Lunatic asylums Madras 1892-1911 - 1892-1911
Year: 1892
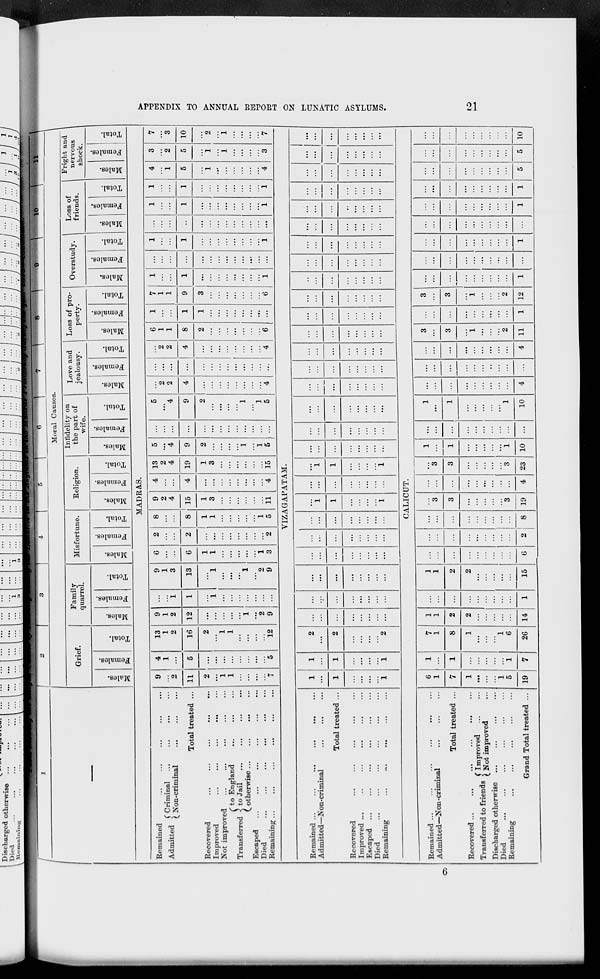
21
APPENDIX TO ANNUAL REPORT ON LUNATIC ASYLUMS.
1
—
2
3
4
5
6
7
8
9
10
11
Moral Causes.
Grief.
Males.
Females.
Total.
Family
quarrel.
Males.
Females.
Total.
Misfortune.
Males.
Females.
Total.
Religion.
Males.
Females.
Total.
Infidelity on
the part of
wife.
Males.
Females.
Total.
Love and
jealousy.
Males.
Females.
Total.
Loss of pro-
perty.
Males.
Females.
Total.
Overstudy.
Males.
Females.
Total.
Loss of
friends.
Males.
Females.
Total.
Fright and
nervous
shock.
Males.
Females.
Total.
MADRAS.
Remained ... ... ... ... ...
Admitted
Criminal ... ... ... ...
Non-criminal ... ... ...
Total treated ...
Recovered ... ... ... ... ...
Improved
...
...
...
...
...
Not improved ... ... ... ... ...
Transferred
to England ... ... ...
to jail ... ... ... ...
otherwise ... ... ... ...
Escaped ... ... ... ... ... ...
Died ... ... ... ... ... ...
Remaining ... ... ... ... ... ...
9
...
2
11
2
...
1
1
...
...
...
...
7
4
1
...
5
...
...
...
...
...
...
...
...
5
13
1
2
16
2
...
1
1
...
...
...
...
12
9
1
2
12
...
...
...
...
...
1
...
2
9
...
...
1
1
...
1
...
...
...
...
...
...
...
9
1
3
13
...
1
...
...
...
1
...
2
9
6
...
...
6
1
1
...
...
...
...
...
1
3
2
...
...
2
...
...
...
...
...
...
...
...
2
8
...
...
8
1
1
...
...
...
...
...
1
5
9
2
4
15
1
3
...
...
...
...
...
...
11
4
...
...
4
...
...
...
...
...
...
...
...
4
13
2
4
19
1
3
...
...
...
...
...
...
15
5
...
4
9
2
...
...
...
...
1
...
1
5
...
...
...
...
...
...
...
...
...
...
...
...
...
5
...
4
9
2
...
...
...
...
1
...
1
5
...
2
2
4
...
...
...
...
...
...
...
...
4
...
...
...
...
...
...
...
...
...
...
...
...
...
...
2
2
4
...
...
...
...
...
...
...
...
4
6
1
1
8
2
...
...
...
...
...
...
...
6
1
...
...
1
1
...
...
...
...
...
...
...
...
7
1
1
9
3
...
...
...
...
...
...
...
6
1
...
...
1
...
...
...
...
...
...
...
...
1
...
...
...
...
...
...
...
...
...
...
...
...
...
1
...
...
1
...
...
...
...
...
...
...
...
1
...
...
...
...
...
...
...
...
...
...
...
...
...
1
...
...
1
...
...
...
...
...
...
...
...
1
1
...
...
1
...
...
...
...
...
...
...
...
1
4
...
1
5
...
1
...
...
...
...
...
...
4
3
...
2
5
...
1
...
1
...
...
...
...
3
7
...
3
10
...
2
...
1
...
...
...
...
7
VIZAGAPATAM.
Remained
...
...
...
...
...
...
Admitted—Non-criminal
...
...
...
Total treated ...
Recovered ... ... ... ... ...
Improved
...
...
...
...
...
...
Escaped
...
...
...
...
...
...
Died ... ... ... ... ... ...
Remaining
...
...
...
...
...
...
1
...
1
...
...
...
...
1
1
...
1
...
...
...
...
1
2
...
2
...
...
...
...
2
...
...
...
...
...
...
...
...
...
...
...
...
...
...
...
...
...
...
...
...
...
...
...
...
...
...
...
...
...
...
...
...
...
...
...
...
...
...
...
...
...
...
...
...
...
...
...
...
...
1
1
...
...
...
...
1
...
...
...
...
...
...
...
...
...
1
1
...
...
...
...
1
...
...
...
...
...
...
...
...
...
...
...
...
...
...
...
...
...
...
...
...
...
...
...
...
...
...
...
...
...
...
...
...
...
...
...
...
...
...
...
...
...
...
...
...
...
...
...
...
...
...
...
...
...
...
...
...
...
...
...
...
...
...
...
...
...
...
...
...
...
...
...
...
...
...
...
...
...
...
...
...
...
...
...
...
...
...
...
...
...
...
...
...
...
...
...
...
...
...
...
...
...
...
...
...
...
...
...
...
...
...
...
...
...
...
...
...
...
...
...
...
...
...
...
...
...
...
...
...
...
...
...
...
...
...
...
...
...
...
...
...
...
...
...
...
CALICUT.
Remained ...
Admitted—Non-criminal
...
...
...
Total treated ...
Recovered
...
...
...
...
...
...
Transferred to friends
Improved ... ...
Not improved ... ...
Discharged otherwise ... ... ... ...
Died
...
...
...
...
...
...
Remaining ... ... ... ... ...
Grand Total treated ...
6
1
7
1
...
...
...
1
5
19
1
...
1
...
...
...
...
...
1
7
7
1
8
1
...
...
...
1
6
26
1
1
2
2
...
...
...
...
...
14
...
...
...
...
...
...
...
...
...
1
1
1
2
2
...
...
...
...
...
15
...
...
...
...
...
...
...
...
...
6
...
...
...
...
...
...
...
...
...
2
...
...
...
...
...
...
...
...
...
8
...
3
3
...
...
...
...
...
3
19
...
...
...
...
...
...
...
...
...
4
...
3
3
...
...
...
...
...
3
23
1
...
1
...
...
...
...
...
1
10
...
...
...
...
...
...
...
...
...
...
1
...
1
...
...
...
...
...
1
10
...
...
...
...
...
...
...
...
...
4
...
...
...
...
...
...
...
...
...
...
...
...
...
...
...
...
...
...
...
4
3
...
3
...
1
...
...
...
2
11
...
...
...
...
...
...
...
...
...
1
3
...
3
...
1
...
...
...
2
12
...
...
...
...
...
...
...
...
...
1
...
...
...
...
...
...
...
...
...
...
...
...
...
...
...
...
...
...
...
1
...
...
...
...
...
...
...
...
...
...
...
...
...
...
...
...
...
...
...
1
...
...
...
...
...
...
...
...
...
1
...
...
...
...
...
...
...
...
...
5
...
...
...
...
...
...
...
...
...
5
...
...
...
...
...
...
...
...
...
10
6